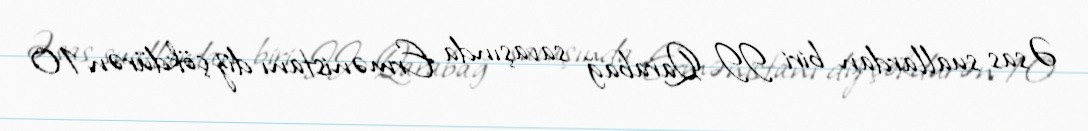
Əsas suallardan biri II Qarabağ savaşında Ermənistanı diz çökdürən 10